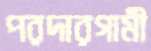
পরদারগামী